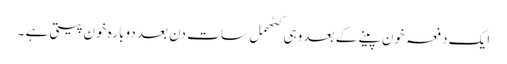
ایک دفعہ خون پینے کے بعد وہی کٹھمل سات دن بعد دوبارہ خون پیتی ہے ۔